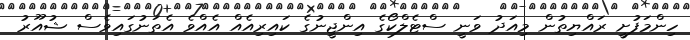
ހިންމަފުށީ ރައްޔިތުން މިއަދު ވަނީ ސްޓެލްކޯގެ އިންޖީނުގެ ކައިރިއެއް އެއްވެ އެތަނުގައިވެސް ޝުއޫރު